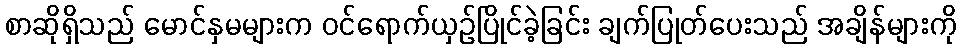
စာဆိုရှိသည် မောင်နှမများက ဝင်ရောက်ယှဉ်ပြိုင်ခဲ့ခြင်း ချက်ပြုတ်ပေးသည် အချိန်များကို